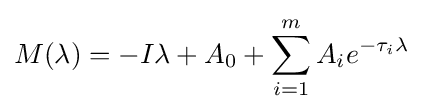
M(\lambda )=-I\lambda +A_{0}+\sum _{i=1}^{m}A_{i}e^{-\tau _{i}\lambda }